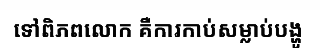
ទៅពិភពលោក គឺការកាប់សម្លាប់បង្ហូ